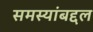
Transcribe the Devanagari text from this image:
समस्यांबद्दल